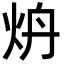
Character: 炿